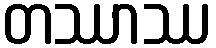
တဿာဿ